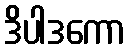
ဒိပါဒကော